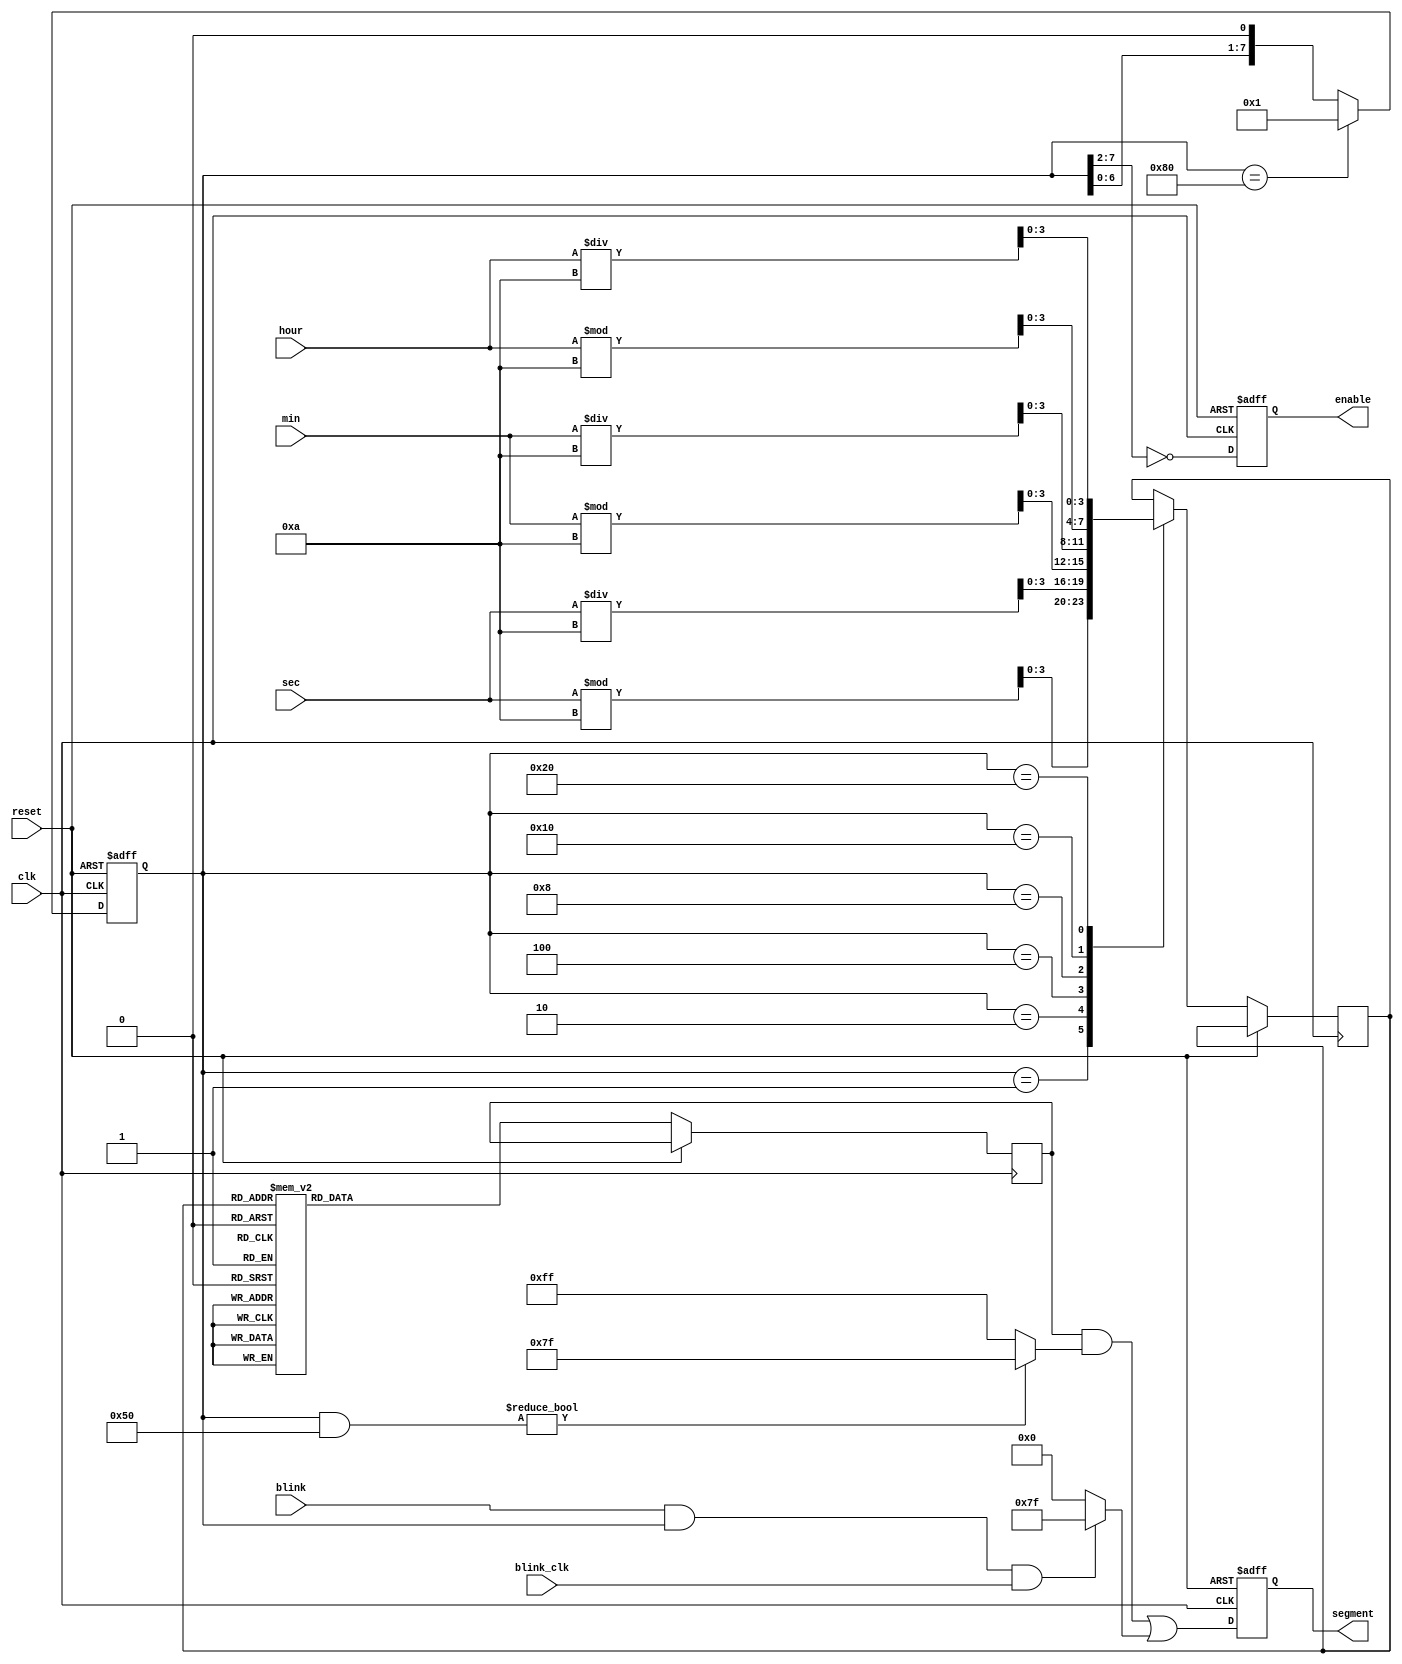
module display(input clk, input reset, input [7:0] blink, input blink_clk, input [5:0] hour, input [5:0] min, input [5:0] sec,
			   output reg [7:0] enable, output reg [7:0] segment);
	// Parameters for digit display from 0 to 9.
	parameter ZERO = 8'b11000000, ONE = 8'b11111001, TWO = 8'b10100100, THREE = 8'b10110000;
	parameter FOUR = 8'b10011001, FIVE = 8'b10010010, SIX = 8'b10000010;
	parameter SEVEN = 8'b11111000, EIGHT = 8'b10000000, NINE = 8'b10010000;

	// Parameters for digit positions.
	parameter SEC_0 = 8'b00000001, SEC_1 = 8'b00000010;
	parameter MIN_0 = 8'b00000100, MIN_1 = 8'b00001000;
	parameter HOUR_0 = 8'b00010000, HOUR_1 = 8'b00100000;
	
	reg [7:0] reverseEnable; // The bit 1 represents which digit to refresh.
	reg [7:0] tempSegment; // The temporary variable for segment. 
	reg [3:0] digit; // The value of current digit.
	
	initial begin
	  	enable = 8'b11111111;
	  	reverseEnable = 8'b10000000;
	  	segment = ZERO;
	end

	always @(posedge clk or posedge reset) begin
		if (reset) begin
			enable <= 8'b11111111;
			reverseEnable <= 8'b10000000;
			segment <= 8'b11111111;
		end else begin
			if (reverseEnable == 8'b10000000) begin
				reverseEnable <= 8'b00000001; // Reach the end of the line, reset.
			end else begin
				reverseEnable <= reverseEnable << 1; // Move to the next digit.
			end
			case (reverseEnable)
				SEC_0: digit <= sec % 10;
				SEC_1: digit <= sec / 10;
				MIN_0: digit <= min % 10;
				MIN_1: digit <= min / 10;
				HOUR_0: digit <= hour % 10;
				HOUR_1: digit <= hour / 10;
			endcase
			enable <= ~(reverseEnable >> 2); // The hardware's enable is reversed.
			case (digit)
				1: tempSegment <= ONE;
				2: tempSegment <= TWO;
				3: tempSegment <= THREE;
				4: tempSegment <= FOUR;
				5: tempSegment <= FIVE;
				6: tempSegment <= SIX;
				7: tempSegment <= SEVEN;
				8: tempSegment <= EIGHT;
				9: tempSegment <= NINE;
				default: tempSegment <= ZERO;
			endcase
			// The following line does: Add the dots for the corresponding digit (01010000)
			//                          and blink i-th digits where blink[i] is 1.
			segment <= tempSegment & (reverseEnable & 8'b01010000 ? 8'b01111111 : 8'b11111111) 
						| ((blink & reverseEnable) && blink_clk ? 8'b01111111 : 8'b00000000);
		end
	end
endmodule